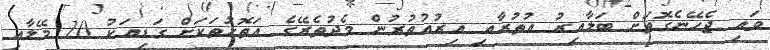
ވައި ޖެހޭނެގޮތަށް ބަލާއިރު އުތުރާއި އިރުއުތުރުން މެދުތެރޭގެ އަތޮޅުތަކަށް ގަޑިއަކު 10 މޭލާއި